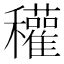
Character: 𥤊